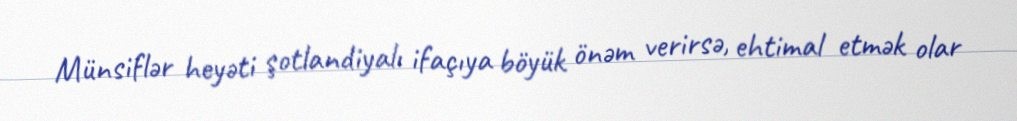
Münsiflər heyəti şotlandiyalı ifaçıya böyük önəm verirsə, ehtimal etmək olar